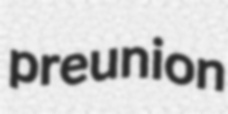
preunion